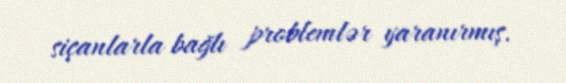
siçanlarla bağlı problemlər yaranırmış.